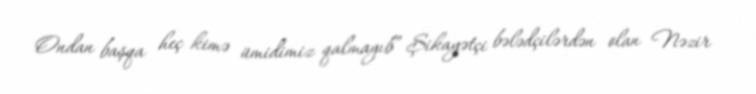
Ondan başqa heç kimə ümidimiz qalmayıb” Şikayətçi bələdçilərdən olan Nəzir